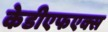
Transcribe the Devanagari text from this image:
केडीएफएक्स